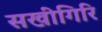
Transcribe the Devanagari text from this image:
सखीगिरि